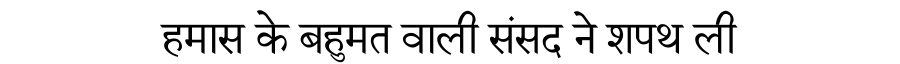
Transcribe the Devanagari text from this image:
हमास के बहुमत वाली संसद ने शपथ ली